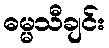
ဓမ္မသီချင်း